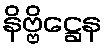
နိဗ္ဗိဋ္ဌေန